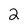
Character: 2